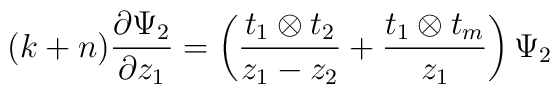
(k+n)\frac{\partial \Psi_2}{\partial z_1}=\left (\frac{t_1 \otimes t_2}{z_1 -z_2}+\frac{t_1 \otimes t_{m}}{z_1 }\right )\Psi_2